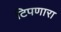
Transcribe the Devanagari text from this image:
टिपणारा